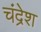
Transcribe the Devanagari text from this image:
चंद्रेश